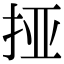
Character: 挜